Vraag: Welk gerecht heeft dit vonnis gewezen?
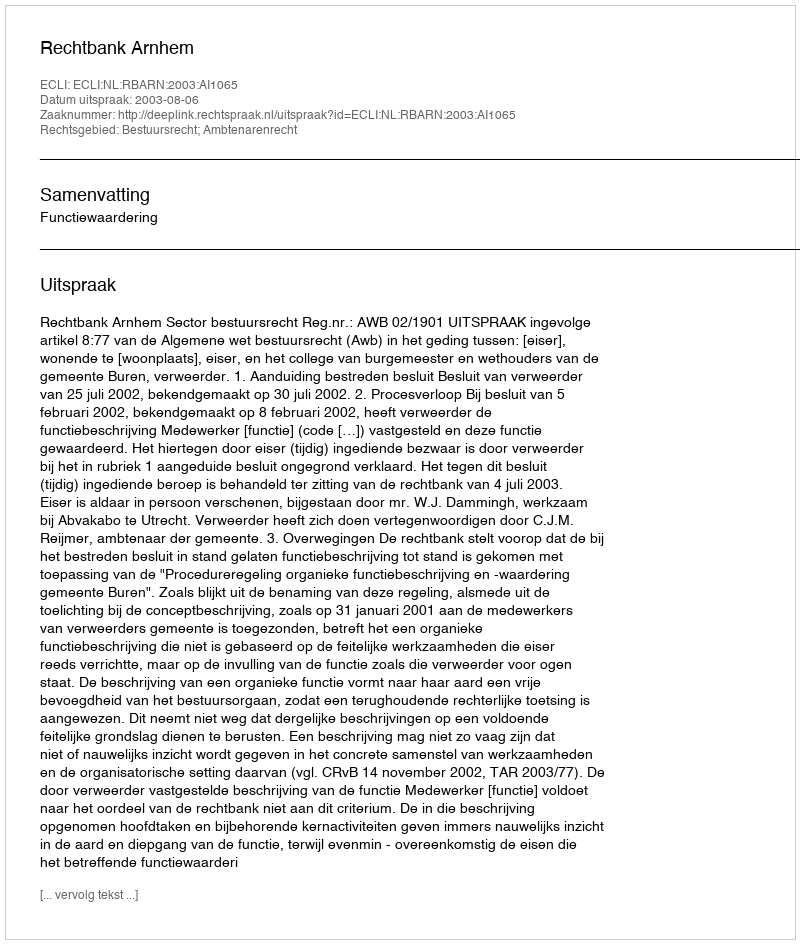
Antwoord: Rechtbank Arnhem